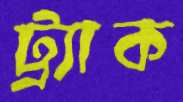
ট্র্যাক